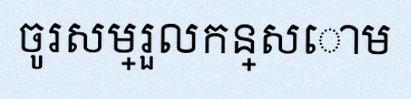
ចូរសម្រួលកន្សោម